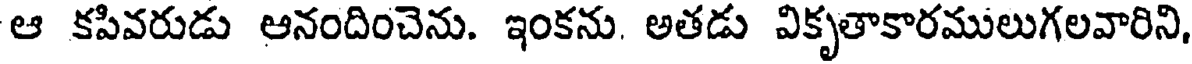
ఆ కపివరుడు ఆనందించెను. ఇంకను. అతడు వికృతాకారములుగలవారిని